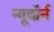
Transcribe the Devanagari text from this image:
न्यूबॉर्न